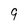
Character: 9